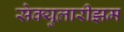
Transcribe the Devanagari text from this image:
सेक्युलारीझम